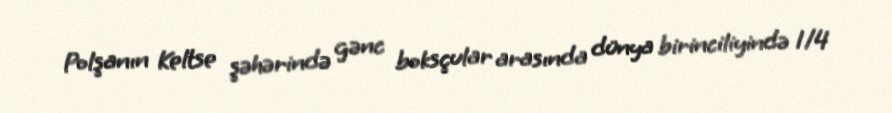
Polşanın Keltse şəhərində gənc boksçular arasında dünya birinciliyində 1/4